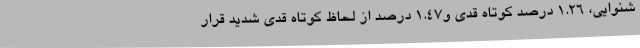
شنوایی، 1.26 درصد کوتاه قدی و1.47 درصد از لحاظ کوتاه قدی شدید قرار